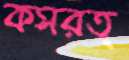
কসরত্